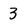
Character: 3